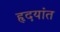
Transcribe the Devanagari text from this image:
हृदयांत